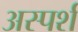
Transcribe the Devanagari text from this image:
अस्पर्श